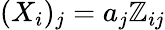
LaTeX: (X_{i})_{j}=a_{j}\mathbb{Z}_{ij}